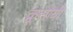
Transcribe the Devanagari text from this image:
क्रूसोयी